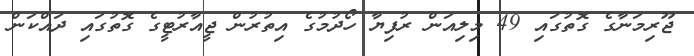
ޖޫރިމަނާގެ ގޮތުގައި 49 މިލިއަން ރުފިޔާ ހޯދުމުގެ އިތުރުން ޖީއާރުޓީގެ ގޮތުގައި ދައްކަން